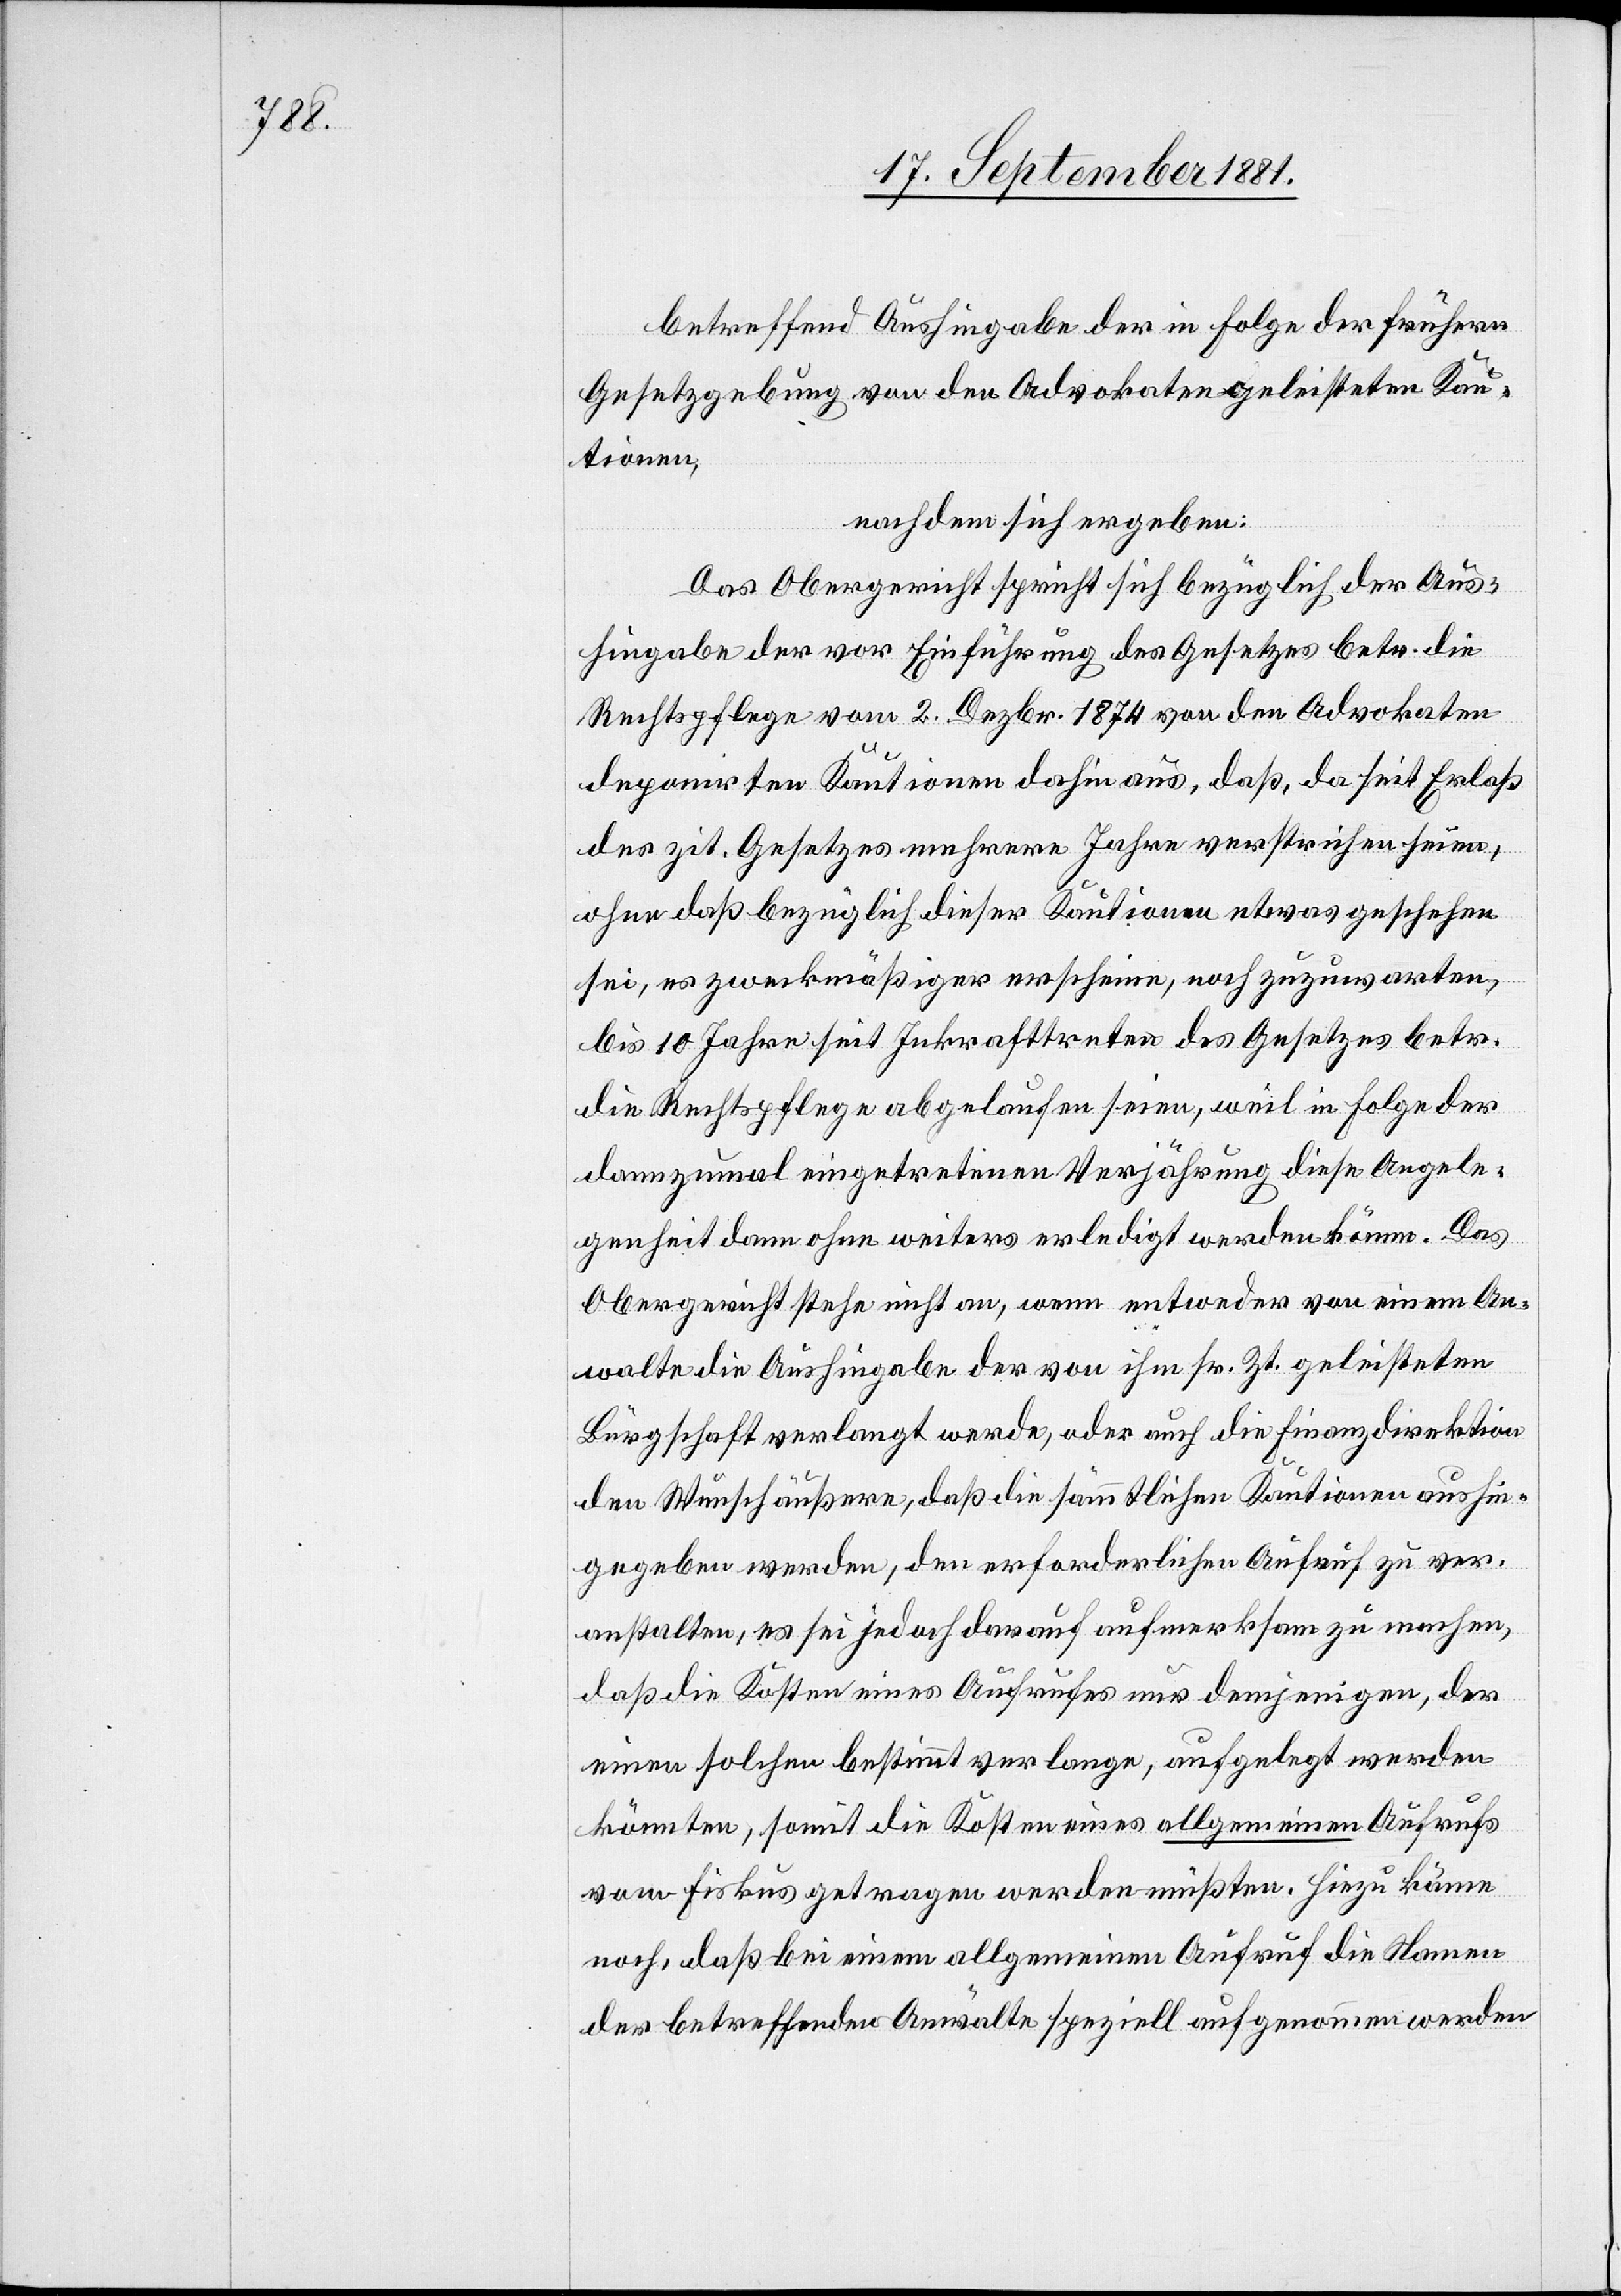
betreffend Aushingabe der in Folge der frühern
Gesetzgebung von den Advokaten geleisteten Kau¬
tionen,
nachdem sich ergeben:
Das Obergericht spricht sich bezüglich der Aus¬
hingabe der vor Einführung des Gesetzes betr. die
Rechtspflege vom 2. Dezbr. 1874 von den Advokaten
deponirten Kautionen dahin aus, daß, da seit Erlaß
des zit. Gesetzes mehrere Jahre verstrichen seien,
ohne daß bezüglich dieser Kautionen etwas geschehen
sei, es zweckmäßiger erscheine, noch zuzuwarten,
bis 10 Jahre seit Inkrafttreten des Gesetzes betr.
die Rechtspflege abgelaufen seien, weil in Folge der
dannzumal eingetretenen Verjährung diese Angele¬
genheit dann ohne weiters erledigt werden könne. Das
Obergericht stehe nicht an, wenn entweder von einem An¬
walte die Aushingabe der von ihm sr. Zt. geleisteten
Bürgschaft verlangt werde, oder auch die Finanzdirektion
den Wunschäußern, daß die sämmtlichen Kautionen aushin¬
gegeben werden, den erforderlichen Aufruf zu ver¬
anstalten, es sei jedoch darauf aufmerksam zu machen,
daß die Kosten eines Aufrufes nur demjenigen, der
einen solchen bestimmt verlange, aufgelegt werden
könnten, somit die Kosten eines allgemeinen Aufrufs
von Fiskus getragen werden müßten. Hinzu käme
noch, daß bei einem allgemeinen Aufruf die Namen
der betreffenden Anwälte speziell aufgenommen werden